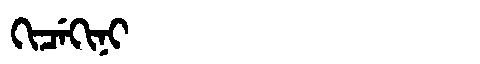
Manchu: ᡴᡳᠴᡝᡴᡳᠨᡳ
Romanization: KICEKINI